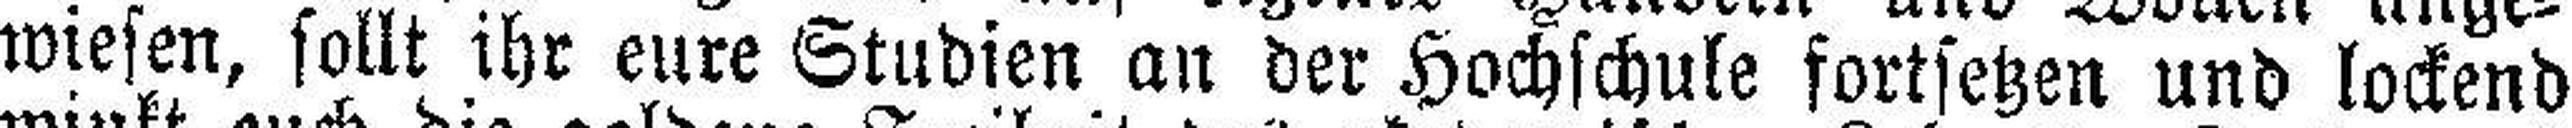
wiesen, sollt ihr eure Studien an der Hochschule fortsetzen und lockend